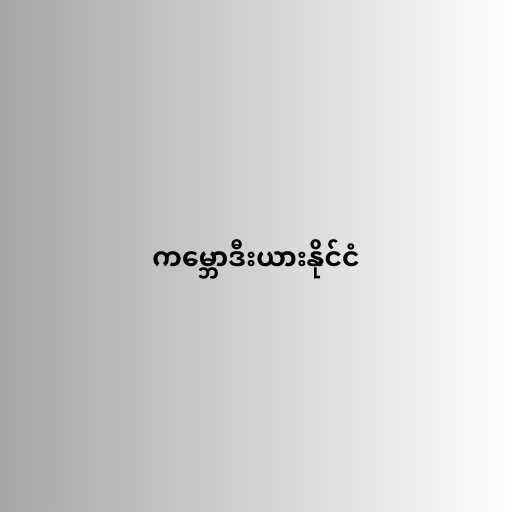
ကမ္ဘောဒီးယားနိုင်ငံ